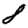
Digit: 8